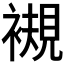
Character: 𧜴